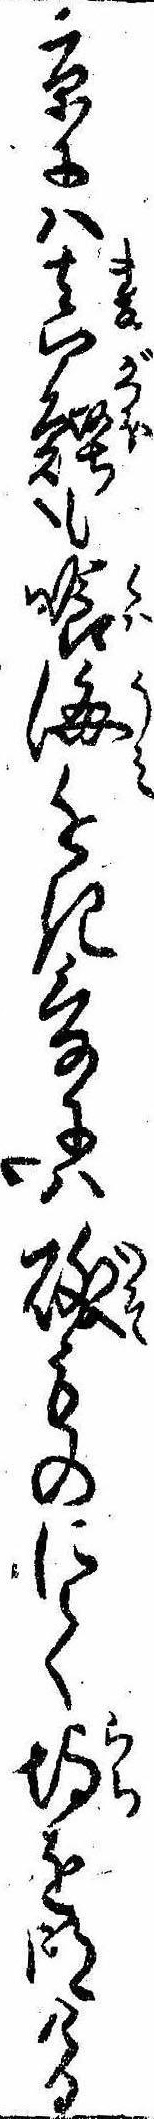
京には真鰹も喰海近き爰には礒ものにてを明ける